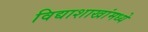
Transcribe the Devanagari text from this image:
विद्याशाखांमध्ये